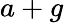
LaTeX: a+g